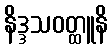
နိဒ္ဒသဝတ္ထူနိ